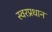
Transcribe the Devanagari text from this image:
स्वरप्रधान